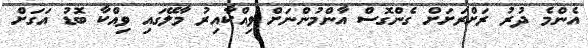
އެންމެ ދުރު ރަށްރަށަށް ގެންގޮސް އާންމުންނަށް ވިއްކާއިރު މާލޭގައި ވިއްކާ ބޮޑު އަގަށް